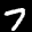
Label: 7